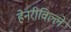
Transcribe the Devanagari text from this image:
हेनरीविल्ले